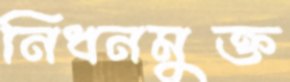
নিধনমুক্ত